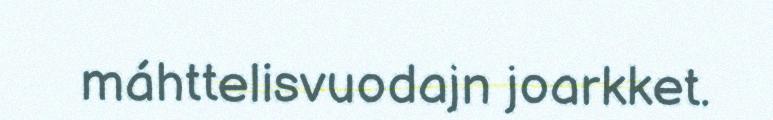
máhttelisvuodajn joarkket.